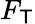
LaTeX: F_{\mathsf{T}}